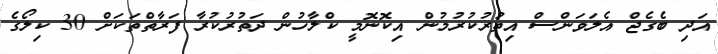
އަދި ބެގެޖް އެލަވަންސް އިތުރުކުރުމުން އިކޮނޮމީ ކްލާހުން ދަތުރުކުރާ ފަރާތްތަކަށް 30 ކިލޯގެ